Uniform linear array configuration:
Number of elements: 12
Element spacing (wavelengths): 0.75
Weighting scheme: exponential
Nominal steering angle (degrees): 60
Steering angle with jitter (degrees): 61.543
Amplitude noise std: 0.05
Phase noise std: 0.05

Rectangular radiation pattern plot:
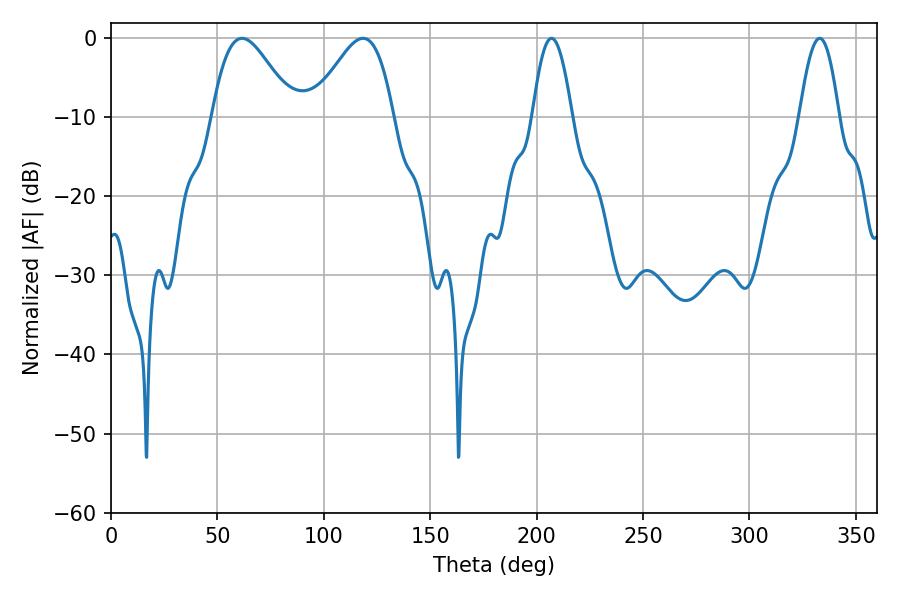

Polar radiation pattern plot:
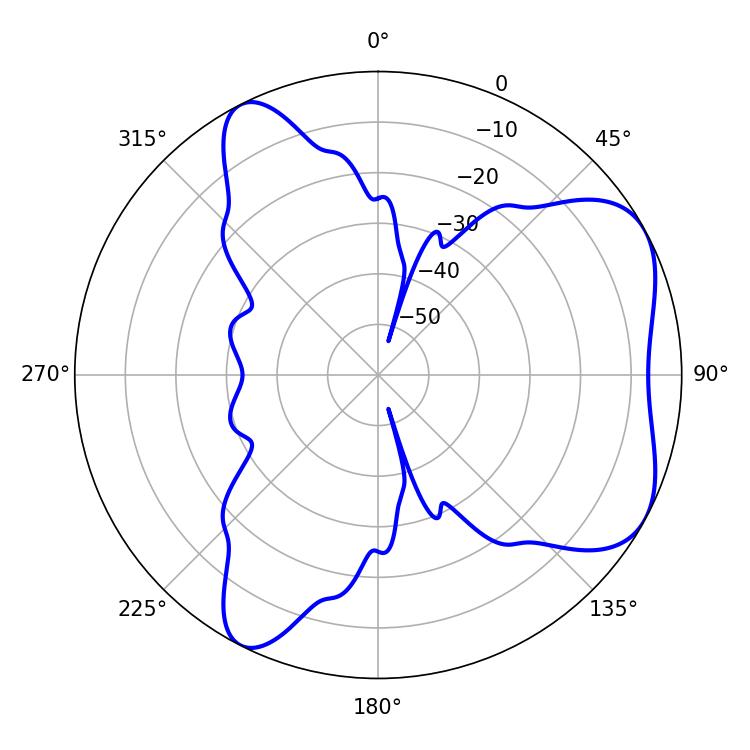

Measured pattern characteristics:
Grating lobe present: TRUE
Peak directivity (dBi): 5.634
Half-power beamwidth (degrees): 9.9
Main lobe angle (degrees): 207